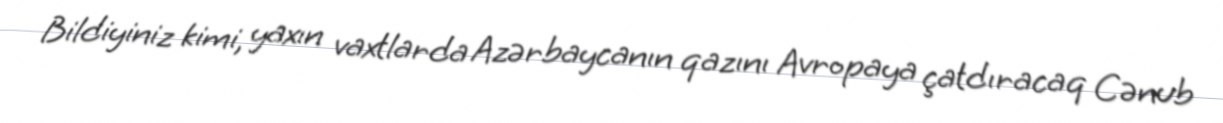
Bildiyiniz kimi, yaxın vaxtlarda Azərbaycanın qazını Avropaya çatdıracaq Cənub